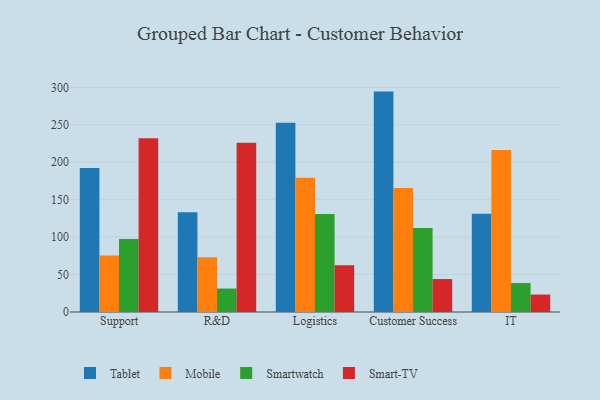
{"axis": {"x": "Department", "y": "Bounce Rate (%)"}, "legend": ["Mobile", "Smart-TV", "Smartwatch", "Tablet"], "data": [{"x": "Support", "y": 192.3, "type": "Tablet"}, {"x": "Support", "y": 75.4, "type": "Mobile"}, {"x": "Support", "y": 97.5, "type": "Smartwatch"}, {"x": "Support", "y": 232.1, "type": "Smart-TV"}, {"x": "R&D", "y": 133.2, "type": "Tablet"}, {"x": "R&D", "y": 73.0, "type": "Mobile"}, {"x": "R&D", "y": 31.3, "type": "Smartwatch"}, {"x": "R&D", "y": 226.1, "type": "Smart-TV"}, {"x": "Logistics", "y": 252.6, "type": "Tablet"}, {"x": "Logistics", "y": 179.1, "type": "Mobile"}, {"x": "Logistics", "y": 130.9, "type": "Smartwatch"}, {"x": "Logistics", "y": 62.5, "type": "Smart-TV"}, {"x": "Customer Success", "y": 294.3, "type": "Tablet"}, {"x": "Customer Success", "y": 165.7, "type": "Mobile"}, {"x": "Customer Success", "y": 112.3, "type": "Smartwatch"}, {"x": "Customer Success", "y": 44.0, "type": "Smart-TV"}, {"x": "IT", "y": 131.1, "type": "Tablet"}, {"x": "IT", "y": 216.4, "type": "Mobile"}, {"x": "IT", "y": 38.6, "type": "Smartwatch"}, {"x": "IT", "y": 23.3, "type": "Smart-TV"}]}